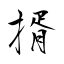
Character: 揟